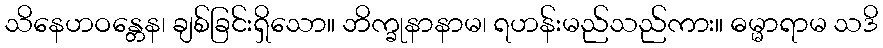
သိနေဟဝန္တေန၊ ချစ်ခြင်းရှိသော။ ဘိက္ခုနာနာမ၊ ရဟန်းမည်သည်ကား။ ဓမ္မာရာမ သဒိ